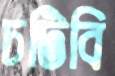
চটিবি